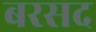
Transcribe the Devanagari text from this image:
बरसद